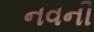
નવની